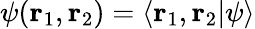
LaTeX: \psi(\mathbf{r}_{1},\mathbf{r}_{2})=\langle\mathbf{r}_{1},\mathbf{r}_{2}|\psi\rangle